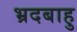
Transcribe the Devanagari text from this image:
भ्रदबाहु